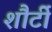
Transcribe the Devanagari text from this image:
शौर्टी